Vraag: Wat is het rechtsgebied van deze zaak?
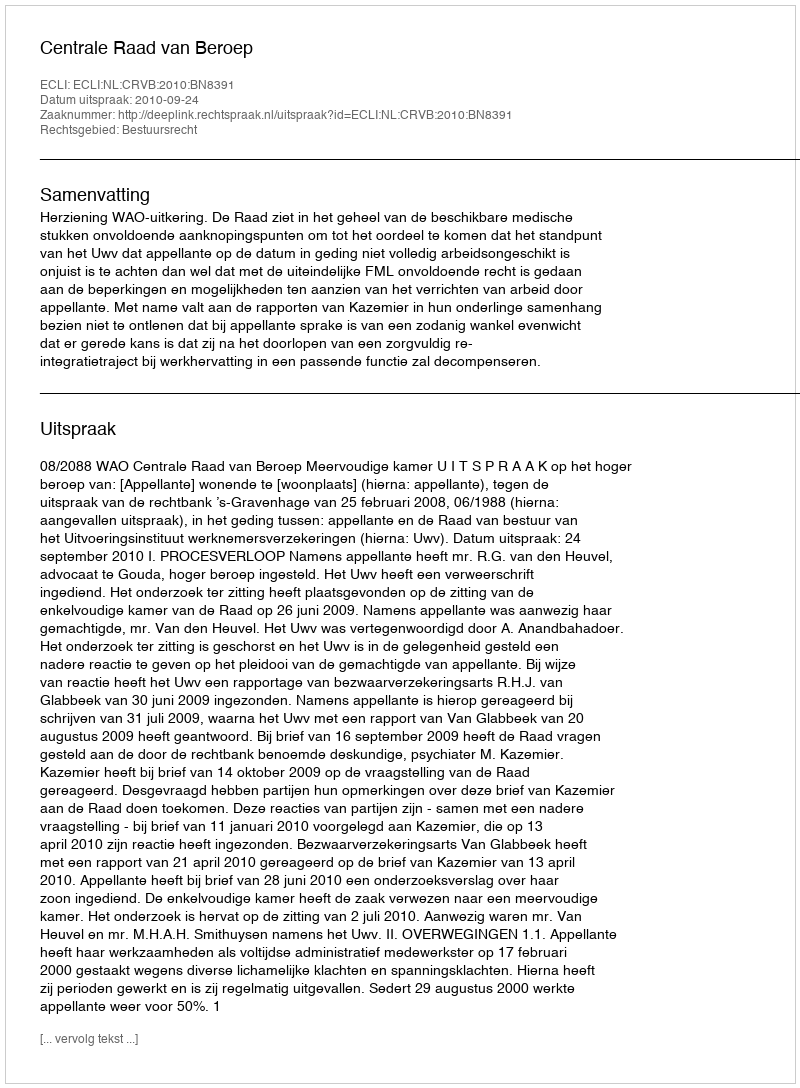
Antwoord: Bestuursrecht